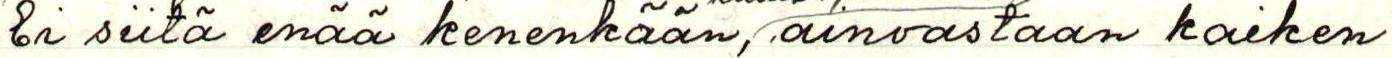
Ei siitä enää kenenkään, ainoastaan kaiken